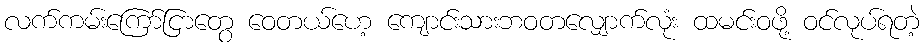
လက်ကမ်းကြော်ငြာတွေ ဝေတယ်ဟေ့ ကျောင်းသားဘဝတလျှောက်လုံး ထမင်းဝဖို့ ဝင်လုပ်ရတဲ့